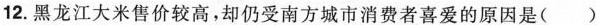
12.黑龙江大米售价较高，却仍受南方城市消费者喜爱的原因是( )